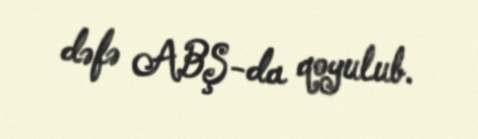
dəfə ABŞ-da qoyulub.